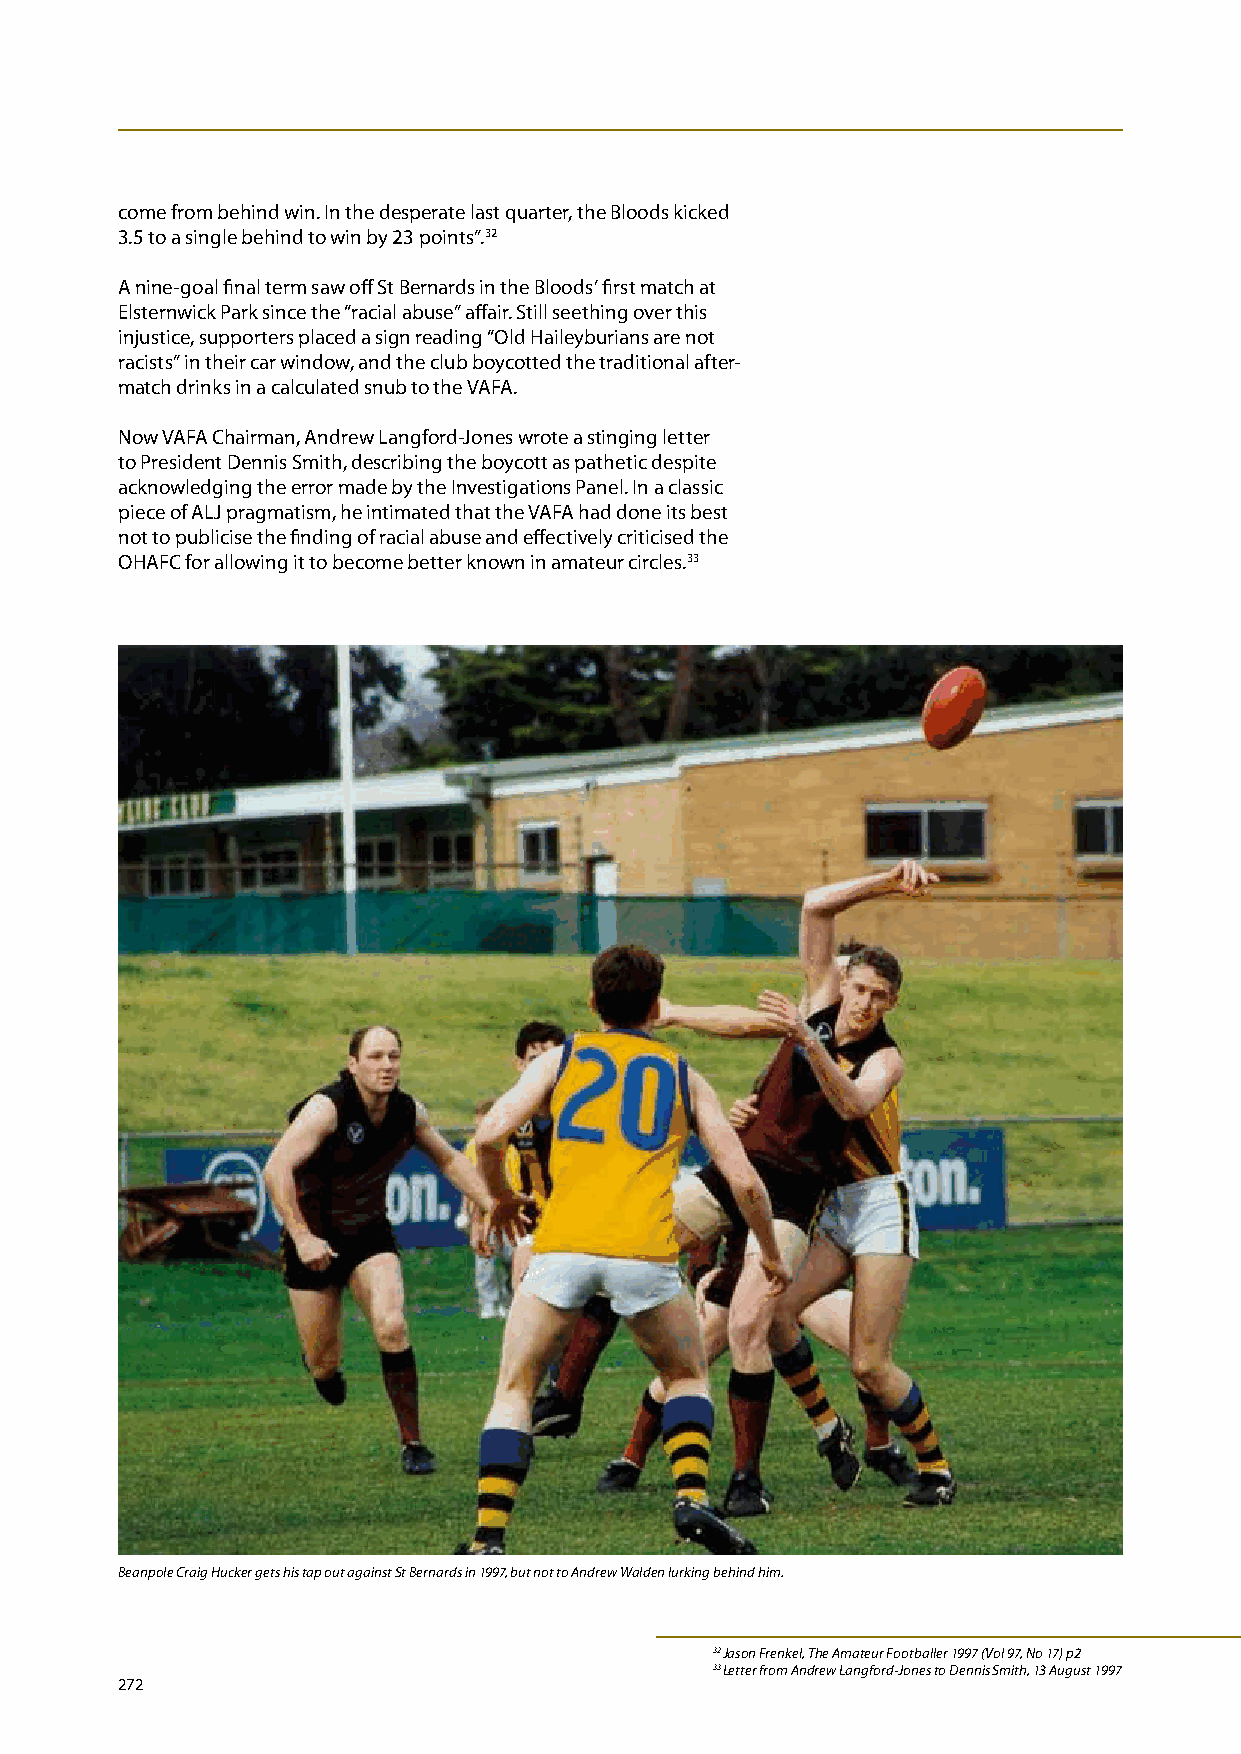
come from behind win. In the desperate last quarter, the Bloods kicked
 3.5 to a single behind to win by 23 points”.32
 A nine-goal final term saw off St Bernards in the Bloods’ first match at
 Elsternwick Park since the “racial abuse” affair. Still seething over this
 injustice, supporters placed a sign reading “Old Haileyburians are not
 racists” in their car window, and the club boycotted the traditional after-
 match drinks in a calculated snub to the VAFA.
 Now VAFA Chairman, Andrew Langford-Jones wrote a stinging letter
 to President Dennis Smith, describing the boycott as pathetic despite
 acknowledging the error made by the Investigations Panel. In a classic
 piece of ALJ pragmatism, he intimated that the VAFA had done its best
 not to publicise the finding of racial abuse and effectively criticised the
 OHAFC for allowing it to become better known in amateur circles.33
 Beanpole Craig Hucker gets his tap out against St Bernards in 1997, but not to Andrew Walden lurking behind him.
 32 Jason Frenkel, The Amateur Footballer 1997 (Vol 97, No 17) p2
 33 Letter from Andrew Langford-Jones to Dennis Smith, 13 August 1997
 272